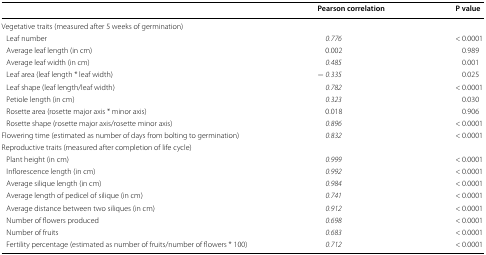
<table><thead><tr><td></td><td><b>Pearson correlation</b></td><td><b>P value</b></td></tr></thead><tbody><tr><td colspan="3">Vegetative traits (measured after 5 weeks of germination)</td></tr><tr><td> Leaf number</td><td><i>0.776</i></td><td>&lt; 0.0001</td></tr><tr><td> Average leaf length (in cm)</td><td>0.002</td><td>0.989</td></tr><tr><td> Average leaf width (in cm)</td><td><i>0.485</i></td><td>0.001</td></tr><tr><td> Leaf area (leaf length * leaf width)</td><td><i>−</i> <i>0.335</i></td><td>0.025</td></tr><tr><td> Leaf shape (leaf length/leaf width)</td><td><i>0.782</i></td><td>&lt; 0.0001</td></tr><tr><td> Petiole length (in cm)</td><td><i>0.323</i></td><td>0.030</td></tr><tr><td> Rosette area (rosette major axis * minor axis)</td><td>0.018</td><td>0.906</td></tr><tr><td> Rosette shape (rosette major axis/rosette minor axis)</td><td><i>0.896</i></td><td>&lt; 0.0001</td></tr><tr><td>Flowering time (estimated as number of days from bolting to germination)</td><td><i>0.832</i></td><td>&lt; 0.0001</td></tr><tr><td colspan="3">Reproductive traits (measured after completion of life cycle)</td></tr><tr><td> Plant height (in cm)</td><td><i>0.999</i></td><td>&lt; 0.0001</td></tr><tr><td> Inflorescence length (in cm)</td><td><i>0.992</i></td><td>&lt; 0.0001</td></tr><tr><td> Average silique length (in cm)</td><td><i>0.984</i></td><td>&lt; 0.0001</td></tr><tr><td> Average length of pedicel of silique (in cm)</td><td><i>0.741</i></td><td>&lt; 0.0001</td></tr><tr><td> Average distance between two siliques (in cm)</td><td><i>0.912</i></td><td>&lt; 0.0001</td></tr><tr><td> Number of flowers produced</td><td><i>0.698</i></td><td>&lt; 0.0001</td></tr><tr><td> Number of fruits</td><td><i>0.683</i></td><td>&lt; 0.0001</td></tr><tr><td> Fertility percentage (estimated as number of fruits/number of flowers * 100)</td><td><i>0.712</i></td><td>&lt; 0.0001</td></tr></tbody></table>